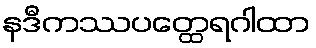
နဒီကဿပတ္ထေရဂါထာ